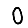
Digit: 0